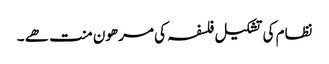
نظام کی تشکیل فلسفہ کی مرھون منت ھے ۔